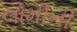
લોમીની